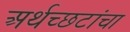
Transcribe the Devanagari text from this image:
अर्थच्‍छटांचा